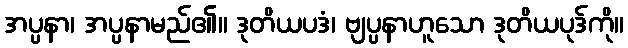
အပ္ပနာ၊ အပ္ပနာမည်၏။ ဒုတိယပဒံ၊ ဗျပ္ပနာဟူသော ဒုတိယပုဒ်ကို။